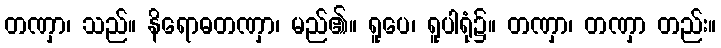
တဏှာ၊ သည်။ နိရောဓတဏှာ၊ မည်၏။ ရူပေ၊ ရူပါရုံ၌။ တဏှာ၊ တဏှာ တည်း။